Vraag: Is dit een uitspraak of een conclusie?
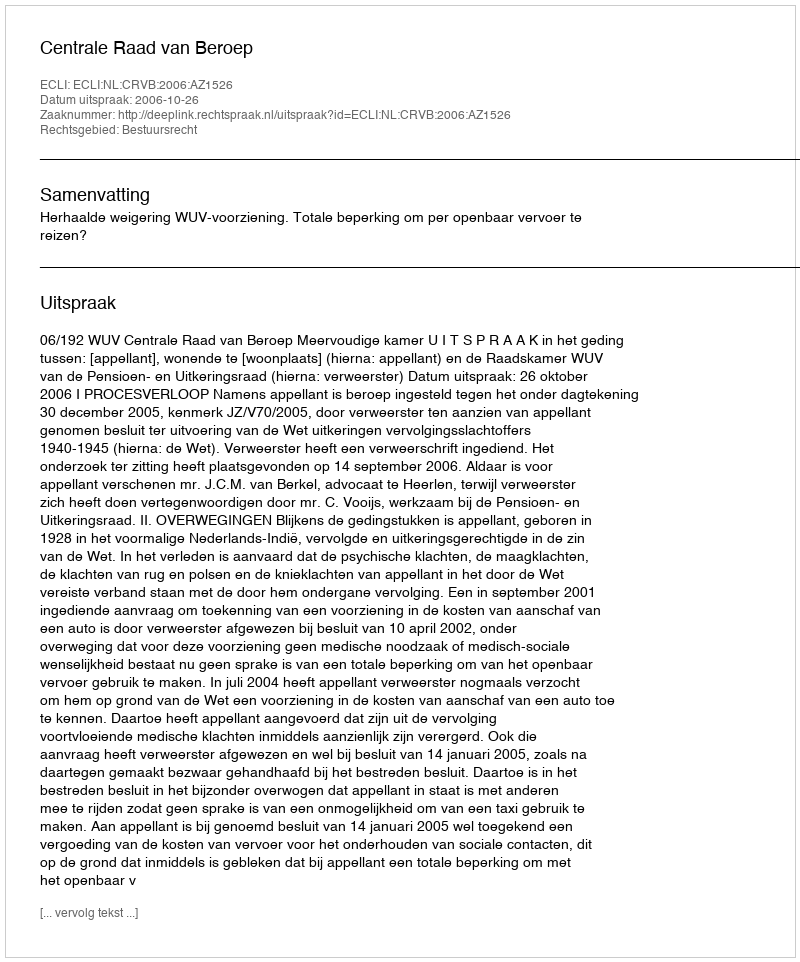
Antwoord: Uitspraak